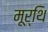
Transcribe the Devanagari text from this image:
मूर्थि